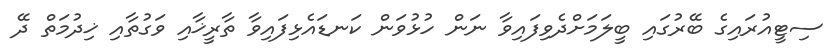
ސިޓީއުރައިގެ ބޭރުގައި ބީލަމަށްދެވިފައިވާ ނަން ހުޅުވަން ކަނޑައެޅިފައިވާ ތާރީޚާއި ވަގުތާއި ޚިދުމަތް ދޭ